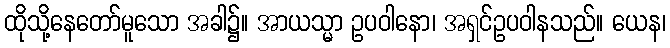
ထိုသို့နေတော်မူသော အခါ၌။ အာယသ္မာ ဥပဝါနော၊ အရှင်ဥပဝါနသည်။ ယေန၊